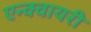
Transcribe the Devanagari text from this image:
एन्क्वायरी